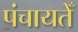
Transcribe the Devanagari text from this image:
पंचायतेँ